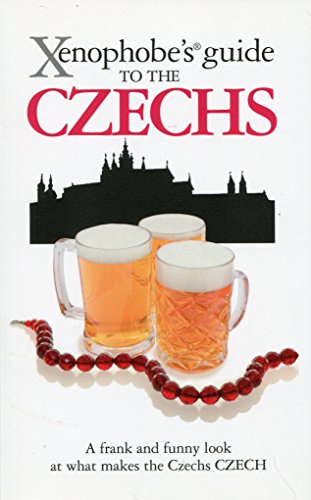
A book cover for Xenophobe's Guide to the Czechs; Petr Berka; Travel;